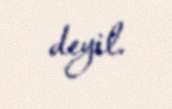
deyil.